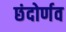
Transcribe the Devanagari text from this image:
छंदोर्णव